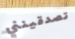
تصدقينني